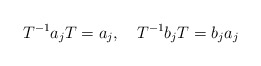
\begin{align*}T^{-1}a_j T=a_j, \quad T^{-1}b_j T=b_j a_j\end{align*}